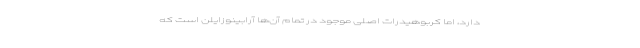
دارد، اما کربوهیدرات اصلی موجود در تمام آن‌ها آرابینوزایلن است که